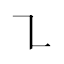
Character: ㇅